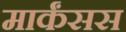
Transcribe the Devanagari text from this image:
मार्कंसस